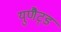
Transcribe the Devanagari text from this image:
युणैट्ड